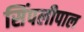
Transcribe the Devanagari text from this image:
सिंपलीपाल